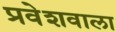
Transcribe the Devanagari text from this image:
प्रवेशवाला